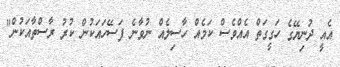
އެއީ ދުނިޔޭގެ ހަގީގަތް އެއްވެސް ކަމެއް ހާސިލެއް ނުވާނެ ފަސޭހައަކުން ކުރު ރާސްތާއަކުން"